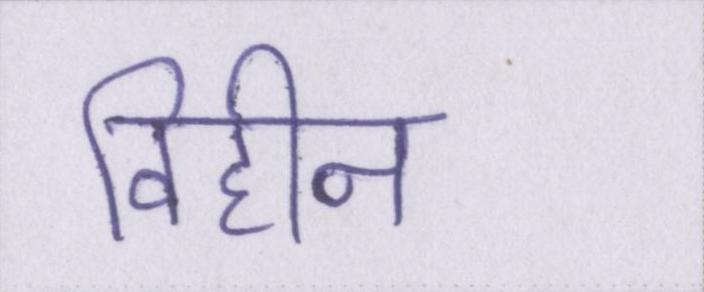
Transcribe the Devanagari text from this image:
विहीन